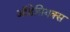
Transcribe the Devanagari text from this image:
ऑडेसियक्स